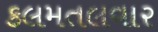
કલમતલવાર